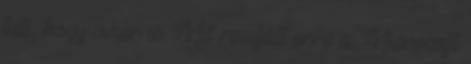
tuti, hogy siker is. Mit reagált erre a Microsoft